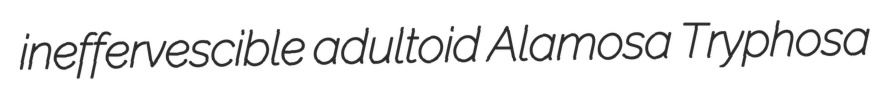
ineffervescible adultoid Alamosa Tryphosa